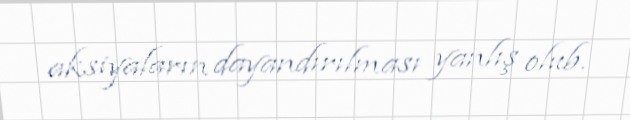
aksiyaların dayandırılması yanlış olub.